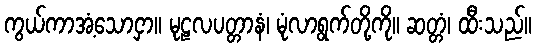
ကွယ်ကာအံ့သောငှာ။ မုဠလပတ္တာနံ၊ မုံလာရွက်တို့ကို။ ဆတ္တံ၊ ထီးသည်။